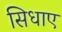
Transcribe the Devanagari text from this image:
सिधाए